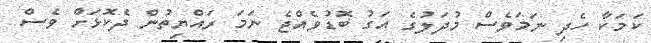
ކަމަކާ ހެދި ނަމަވެސް މުދަލުގެ އަގު ބޮޑުވެއްޖެ ނަމަ ރައްޔިތުން ދެކޮޅަށް ވެސް